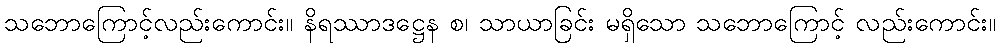
သဘောကြောင့်လည်းကောင်း။ နိရဿာဒဋ္ဌေန စ၊ သာယာခြင်း မရှိသော သဘောကြောင့် လည်းကောင်း။